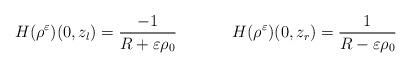
LaTeX: \begin{align*}H(\rho^\varepsilon)(0,z_l) = \frac{-1}{R+\varepsilon \rho_0} \phantom{xxx}\phantom{xxx}H(\rho^\varepsilon)(0,z_r) = \frac{1}{R-\varepsilon \rho_0}\end{align*}